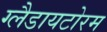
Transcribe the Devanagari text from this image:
ग्लैडायटोरम